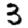
Digit: 3